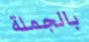
بالجملة